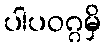
ပါပဝဂ္ဂမှိ